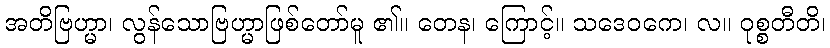
အတိဗြဟ္မာ၊ လွန်သောဗြဟ္မာဖြစ်တော်မူ ၏။ တေန၊ ကြောင့်။ သဒေဝကေ၊ လ။ ဝုစ္စတီတိ၊